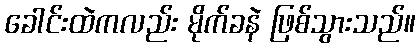
ခေါင်းထဲကလည်း မိုက်ခနဲ ဖြစ်သွားသည်။